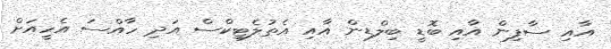
އާއި ސާފިން އާއި ބޮޑީ ބިލްޑިން އާއި އެތުލެޓިކްސް އަދި ހާއްސަ އެހީއަށް